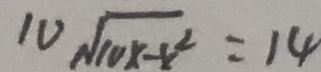
1 0 \sqrt { 1 0 x - x ^ { 2 } } = 1 4